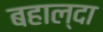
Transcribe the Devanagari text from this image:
बहाल्दा